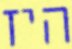
היז